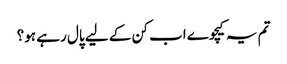
تم یہ کیچوے اب کن کے لیے پال رہے ہو؟